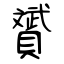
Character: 贇